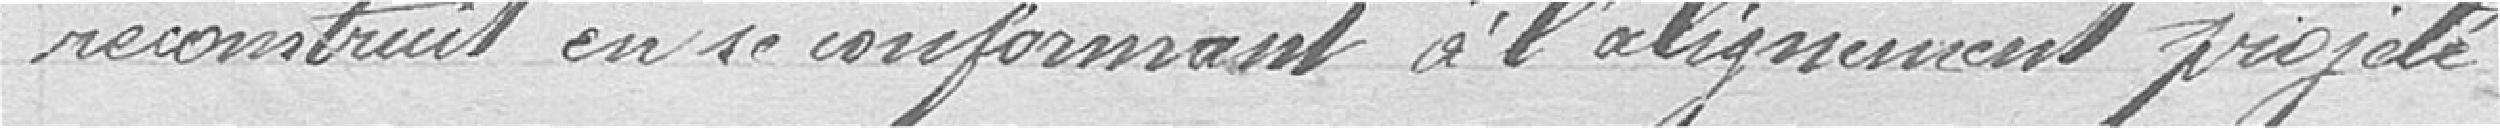
reconstruit en se conformant à l'alignement projeté.